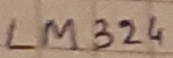
Text: LM324